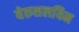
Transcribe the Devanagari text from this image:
येरुशलयिम